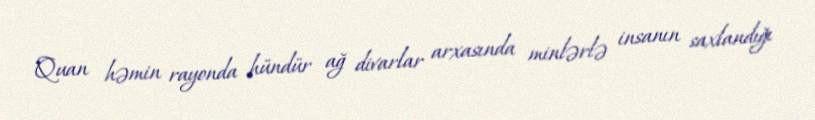
Quan həmin rayonda hündür ağ divarlar arxasında minlərlə insanın saxlandığı